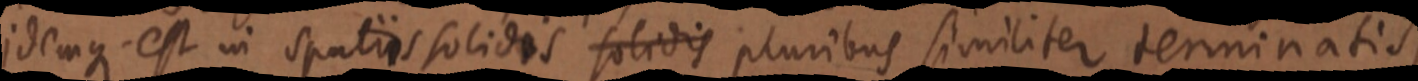
idemque est in spatiis solidis solidis pluribus similiter terminatis,